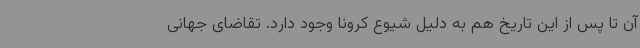
آن تا پس از این تاریخ هم به دلیل شیوع کرونا وجود دارد. تقاضای جهانی